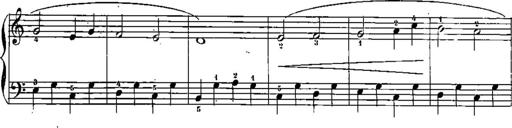
Title: Trois sonatines
Composer: Maurice Emmanuel